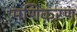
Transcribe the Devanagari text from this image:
मणिकरण